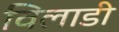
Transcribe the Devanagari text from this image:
विलाडी